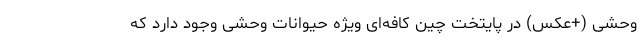
وحشی (+عکس) در پایتخت چین کافه‌ای ویژه حیوانات وحشی وجود دارد که